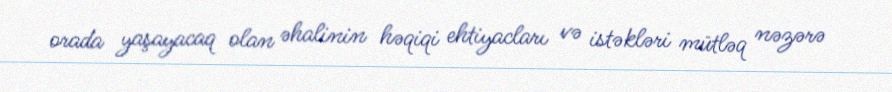
orada yaşayacaq olan əhalinin həqiqi ehtiyacları və istəkləri mütləq nəzərə